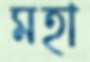
মহা